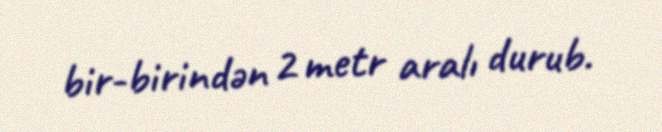
bir-birindən 2 metr aralı durub.